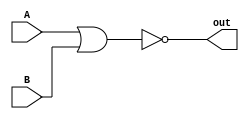
module nor_gate_delay(
    input A,
    input B,
    output out
);

reg internal_out;

always @ (A, B) begin
    #10; // Delay for NOR gate operation
    internal_out = ~(A | B);
end

assign out = internal_out;

endmodule